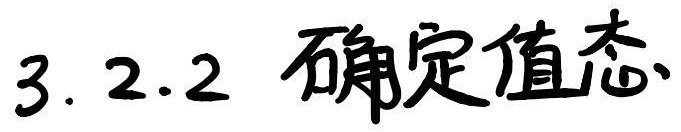
3.2.2 确定值态